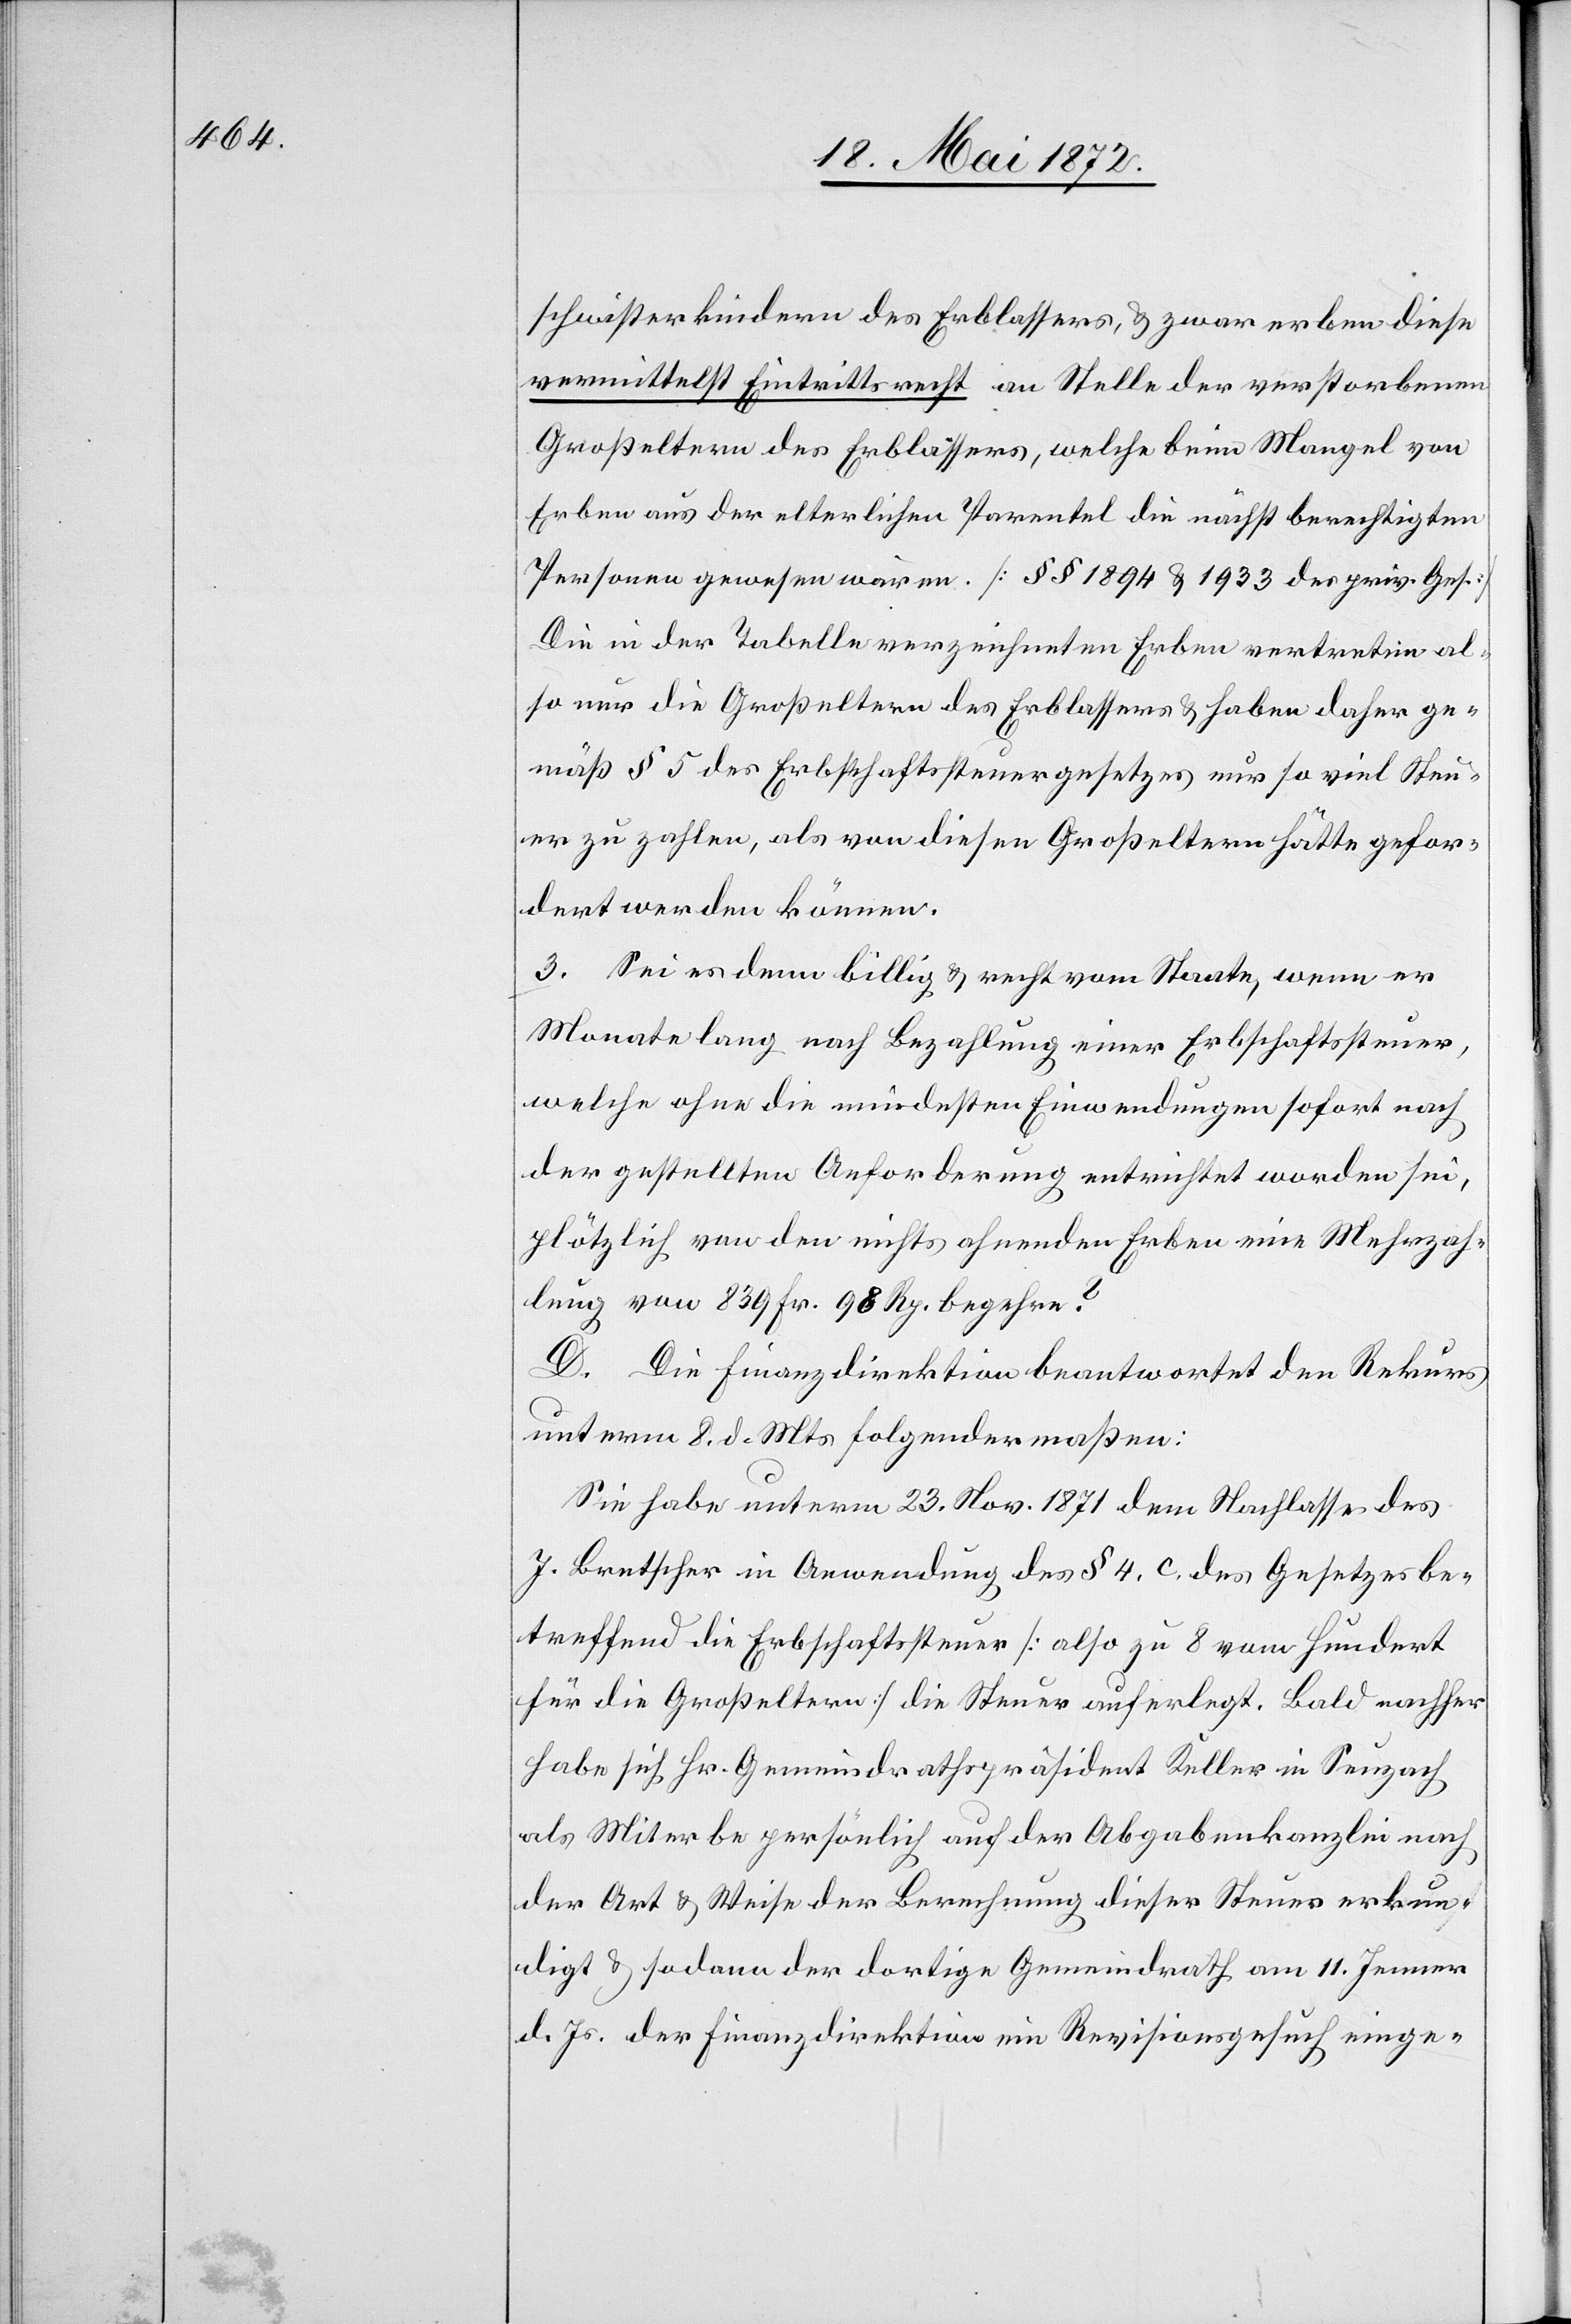
schwisterkindern des Erblassers, u. zwar erben diese
vermittelst Eintrittsrecht an Stelle der verstorbenen
Großeltern des Erblassers, welche beim Mangel von
Erben aus der elterlichen Parentel die nächst berechtigten
Personen gewesen wären. [§§ 1894 u. 1933 des priv. Ges.]
Die in der Tabelle verzeichneten Erben vertreten al¬
so nur die Großeltern des Erblassers u. haben daher ge¬
mäß § 5 des Erbschaftssteuergesetzes nur so viel Steu¬
er zu zahlen, als von diesen Großeltern hätte gefor¬
dert werden können.
3. Sei es denn billig u. recht vom Staate, wenn er
Monate lang nach Bezahlung einer Erbschaftssteuer,
welche ohne die mindesten Einwendungen sofort nach
der gestellten Anforderung entrichtet worden sei,
plötzlich von den nichts ahnenden Erben eine Mehrzah¬
lung von 839 Fr. 98 Rp. begehre?
D. Die Finanzdirektion beantwortet den Rekurs
unterm 8. d. Mts. folgendermaßen:
Sie habe unterm 23. Nov. 1871 dem Nachlasse des
J. Bretscher in Anwendung des § 4. c. des Gesetzes be¬
treffend die Erbschaftssteuer [also zu 8 vom hundert
für die Großeltern] die Steuer auferlegt. Bald nachher
habe sich Hr. Gemeindrathspräsident Keller in Seuzach
als Miterbe persönlich auf der Abgabenkanzlei nach
der Art u. Weise der Berechnung dieser Steuer erkun¬
digt u. sodann der dortige Gemeindrath am 11. Jenner
d. Js. der Finanzdirektion ein Revisionsgesuch einge-